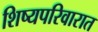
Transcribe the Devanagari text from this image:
शिष्यपरिवारात